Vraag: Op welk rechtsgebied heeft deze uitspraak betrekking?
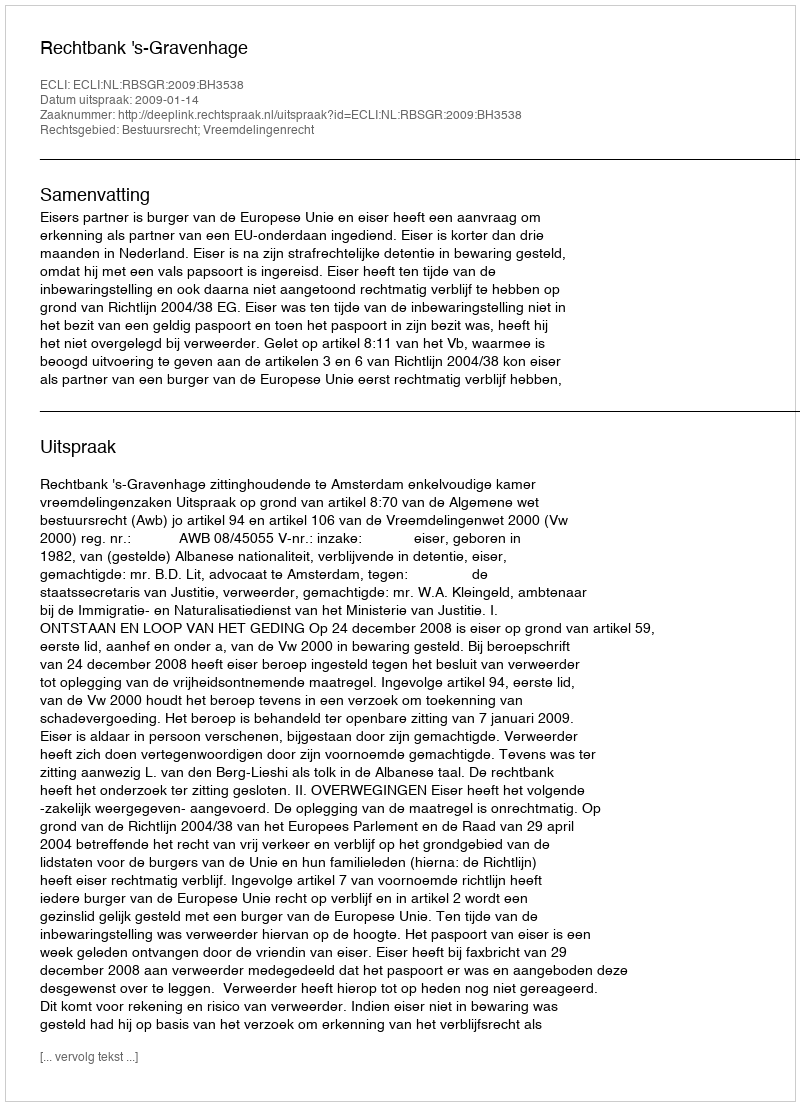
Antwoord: Bestuursrecht; Vreemdelingenrecht